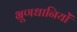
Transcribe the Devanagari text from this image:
भ्रूणधानियों